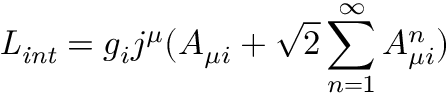
{ \it L _ { i n t } } = g _ { i } j ^ { \mu } ( A _ { \mu i } + \sqrt 2 \sum _ { n = 1 } ^ { \infty } A _ { \mu i } ^ { n } )